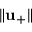
\Vert \mathbf { u } _ { + } \Vert